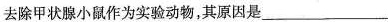
去除甲状腺小鼠作为实验动物，其原因是___